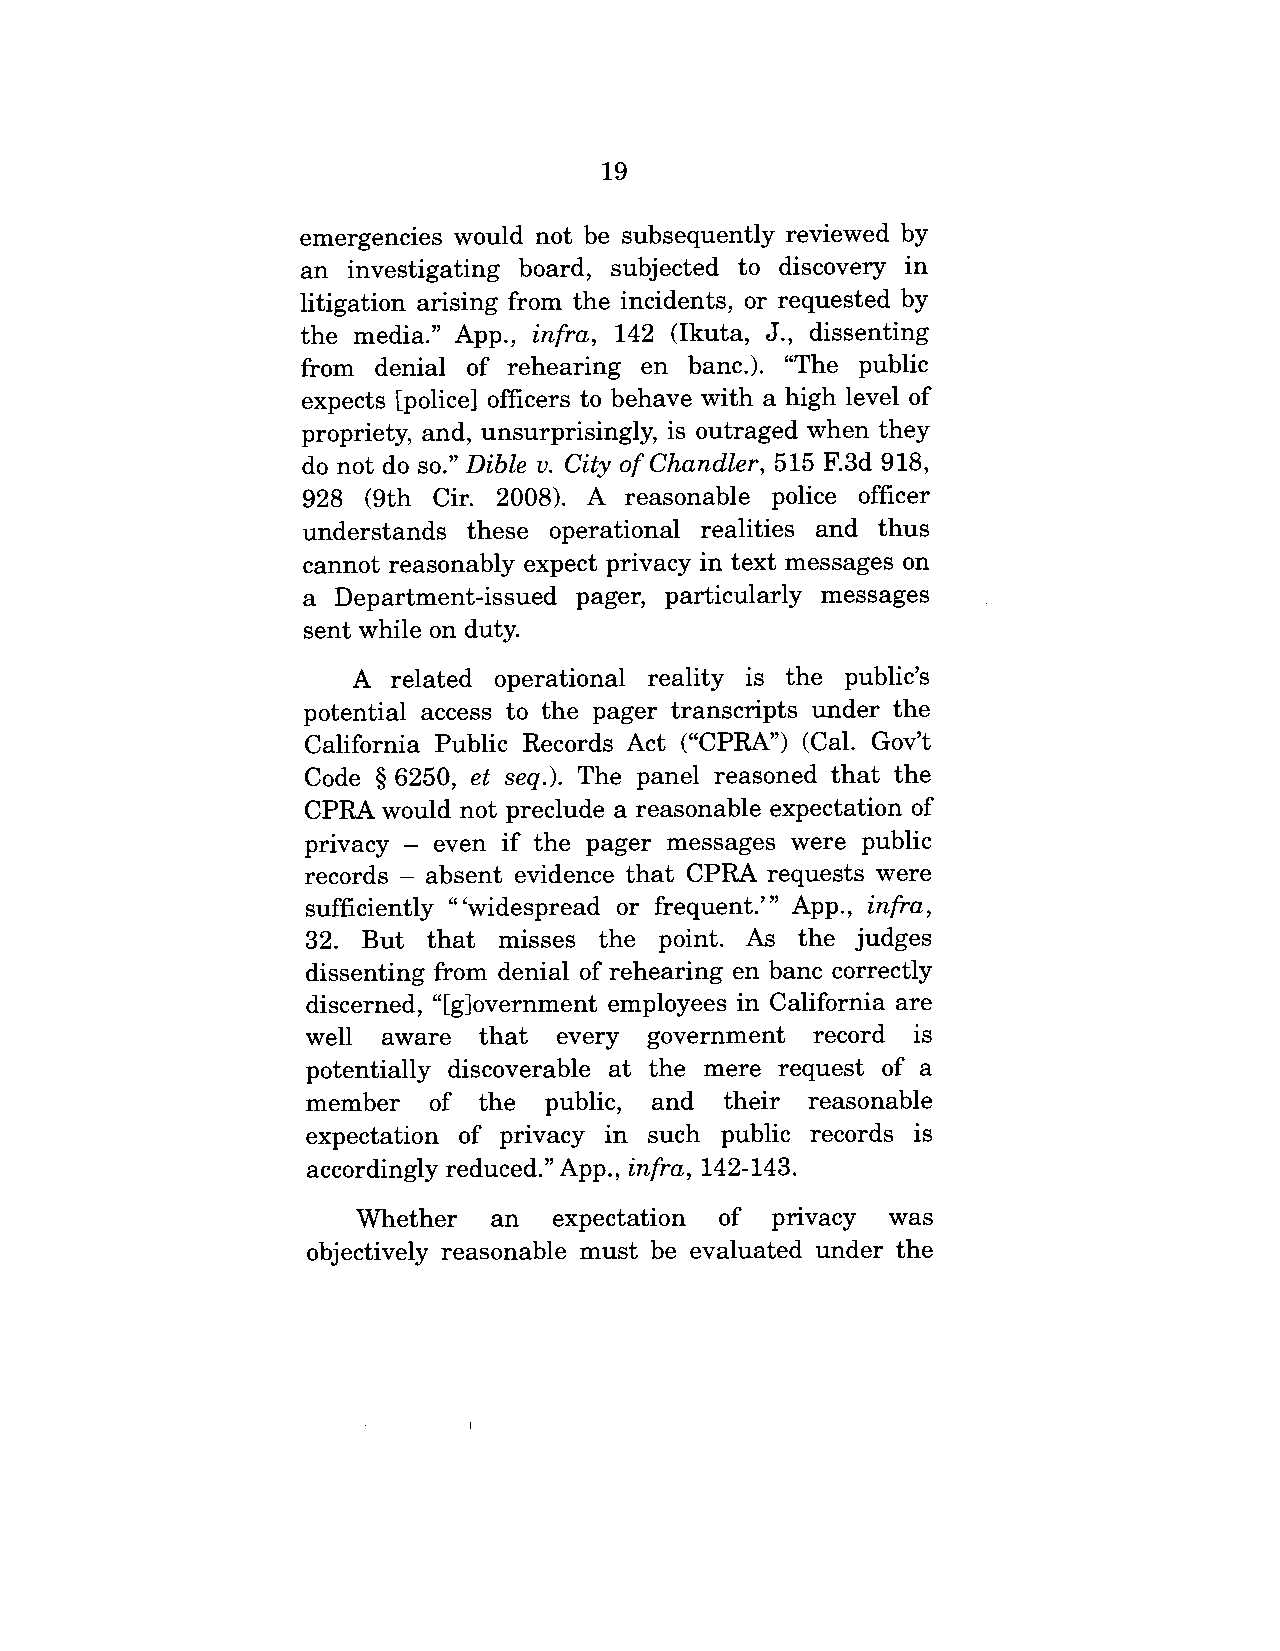
19
 emergencies would not be subsequently reviewed by
 an investigating board, subjected to discovery in
 litigation arising from the incidents, or requested by
 the media." App., infra, 142 (Ikuta, J., dissenting
 from denial of rehearing en banc.). "The public
 expects [police] officers to behave with a high level of
 propriety, and, unsurprisingly, is outraged when they
 do not do so." Dible v. City of Chandler, 515 F.3d 918,
 928 (9th Cir. 2008). A reasonable police officer
 understands these operational realities and thus
 cannot reasonably expect privacy in text messages on
 a Department-issued pager, particularly messages
 sent while on duty.
 A  related operational reality is the public’s
 potential access to the pager transcripts under the
 California Public Records Act ("CPRA") (Cal. Gov’t
 Code § 6250, et seq.). The panel reasoned that the
 CPRA  would not preclude a reasonable expectation of
 privacy - even if the pager messages were public
 records - absent evidence that CPRA requests were
 sufficiently "’widespread or frequent.’" App., infra,
 32. But that misses the point. As the judges
 dissenting from denial of rehearing en banc correctly
 discerned, "[g]overnment employees in California are
 well aware that every government record is
 potentially discoverable at the mere request of a
 member of the public, and their reasonable
 expectation of privacy in such public records is
 accordingly reduced." App., infra, 142-143.
 Whether an expectation of privacy was
 objectively reasonable must be evaluated under the